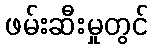
ဖမ်းဆီးမှုတွင်